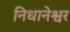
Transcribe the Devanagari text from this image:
निधानेश्वर